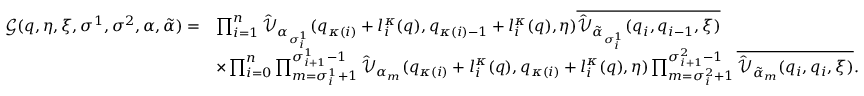
\begin{array} { r l } { \mathcal { G } ( \boldsymbol { q } , \boldsymbol { \eta } , \boldsymbol { \xi } , \sigma ^ { 1 } , \sigma ^ { 2 } , \alpha , \tilde { \alpha } ) = } & { \prod _ { i = 1 } ^ { n } \hat { \mathcal { V } } _ { \alpha _ { \sigma _ { i } ^ { 1 } } } ( q _ { \kappa ( i ) } + l _ { i } ^ { \kappa } ( \boldsymbol { q } ) , q _ { \kappa ( i ) - 1 } + l _ { i } ^ { \kappa } ( \boldsymbol { q } ) , \boldsymbol { \eta } ) \overline { { \hat { \mathcal { V } } _ { \tilde { \alpha } _ { \sigma _ { i } ^ { 1 } } } ( q _ { i } , q _ { i - 1 } , \boldsymbol { \xi } ) } } } \\ & { \times \prod _ { i = 0 } ^ { n } \prod _ { m = \sigma _ { i } ^ { 1 } + 1 } ^ { \sigma _ { i + 1 } ^ { 1 } - 1 } \hat { \mathcal { V } } _ { \alpha _ { m } } ( q _ { \kappa ( i ) } + l _ { i } ^ { \kappa } ( \boldsymbol { q } ) , q _ { \kappa ( i ) } + l _ { i } ^ { \kappa } ( \boldsymbol { q } ) , \boldsymbol { \eta } ) \prod _ { m = \sigma _ { i } ^ { 2 } + 1 } ^ { \sigma _ { i + 1 } ^ { 2 } - 1 } \overline { { \hat { \mathcal { V } } _ { \tilde { \alpha } _ { m } } ( q _ { i } , q _ { i } , \boldsymbol { \xi } ) } } . } \end{array}